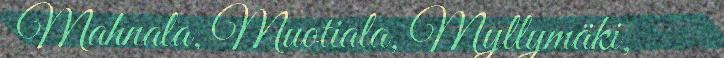
Mahnala, Muotiala, Myllymäki,